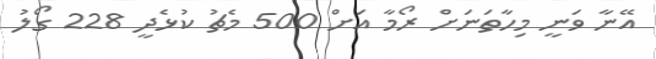
އޭނާ ވަނީ މިހާތަނަށް ރޯމާ އަށް 500 މެޗު ކުޅެދީ 228 ގޯލު